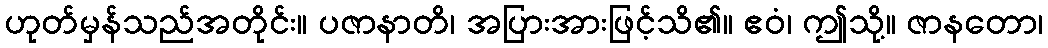
ဟုတ်မှန်သည်အတိုင်း။ ပဇာနာတိ၊ အပြားအားဖြင့်သိ၏။ ဧဝံ၊ ဤသို့။ ဇာနတော၊